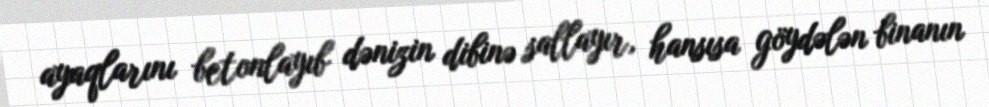
ayaqlarını betonlayıb dənizin dibinə sallayır, hansısa göydələn binanın